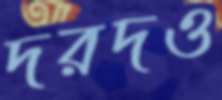
দরদও